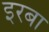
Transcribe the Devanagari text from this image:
इरबा